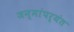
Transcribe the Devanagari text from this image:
जन्मांपर्यंत